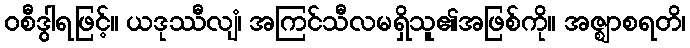
ဝစီဒွါရဖြင့်။ ယဒုဿီလျံ၊ အကြင်သီလမရှိသူ၏အဖြစ်ကို။ အဇ္ဈာစရတိ၊